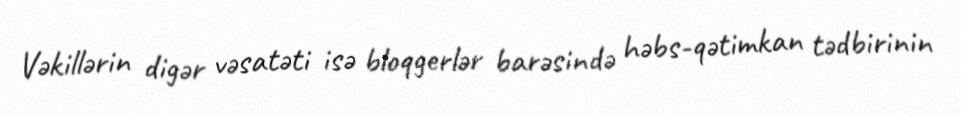
Vəkillərin digər vəsatəti isə bloqgerlər barəsində həbs-qətimkan tədbirinin